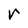
Character: r